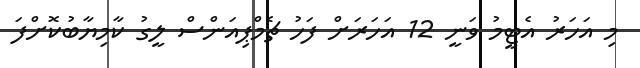
މި އަހަރު އެޓީމު ވަނީ 12 އަހަރަށް ފަހު ޗެމްޕިއަންސް ލީގު ކާމިޔާބުކޮށްފަ